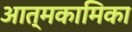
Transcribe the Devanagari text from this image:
आत्मकामिका